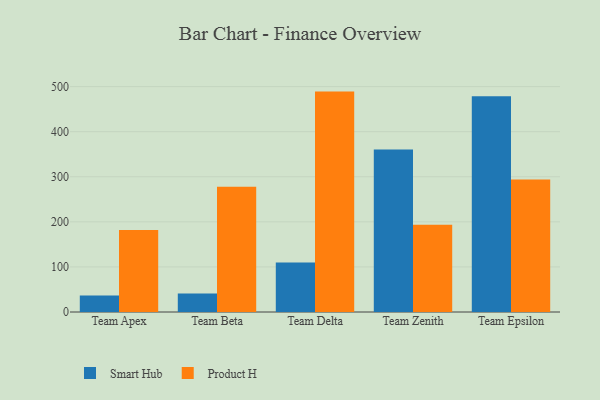
{"axis": {"x": "Team", "y": "Net Income (USD K)"}, "legend": ["Product H", "Smart Hub"], "data": [{"x": "Team Apex", "y": 36.7, "type": "Smart Hub"}, {"x": "Team Apex", "y": 181.8, "type": "Product H"}, {"x": "Team Beta", "y": 41.1, "type": "Smart Hub"}, {"x": "Team Beta", "y": 278.1, "type": "Product H"}, {"x": "Team Delta", "y": 109.9, "type": "Smart Hub"}, {"x": "Team Delta", "y": 488.9, "type": "Product H"}, {"x": "Team Zenith", "y": 360.5, "type": "Smart Hub"}, {"x": "Team Zenith", "y": 193.8, "type": "Product H"}, {"x": "Team Epsilon", "y": 478.4, "type": "Smart Hub"}, {"x": "Team Epsilon", "y": 293.9, "type": "Product H"}]}